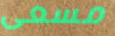
مسعى